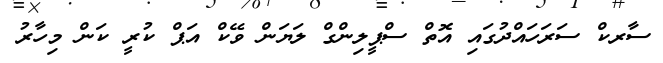
ސާރކް ސަރަހައްދުގައި އޮތް ސްޕީލިންގް ލަޔަން ވޭކް އަޕް ކުރީ ކަން މިހާރު